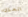
المكان